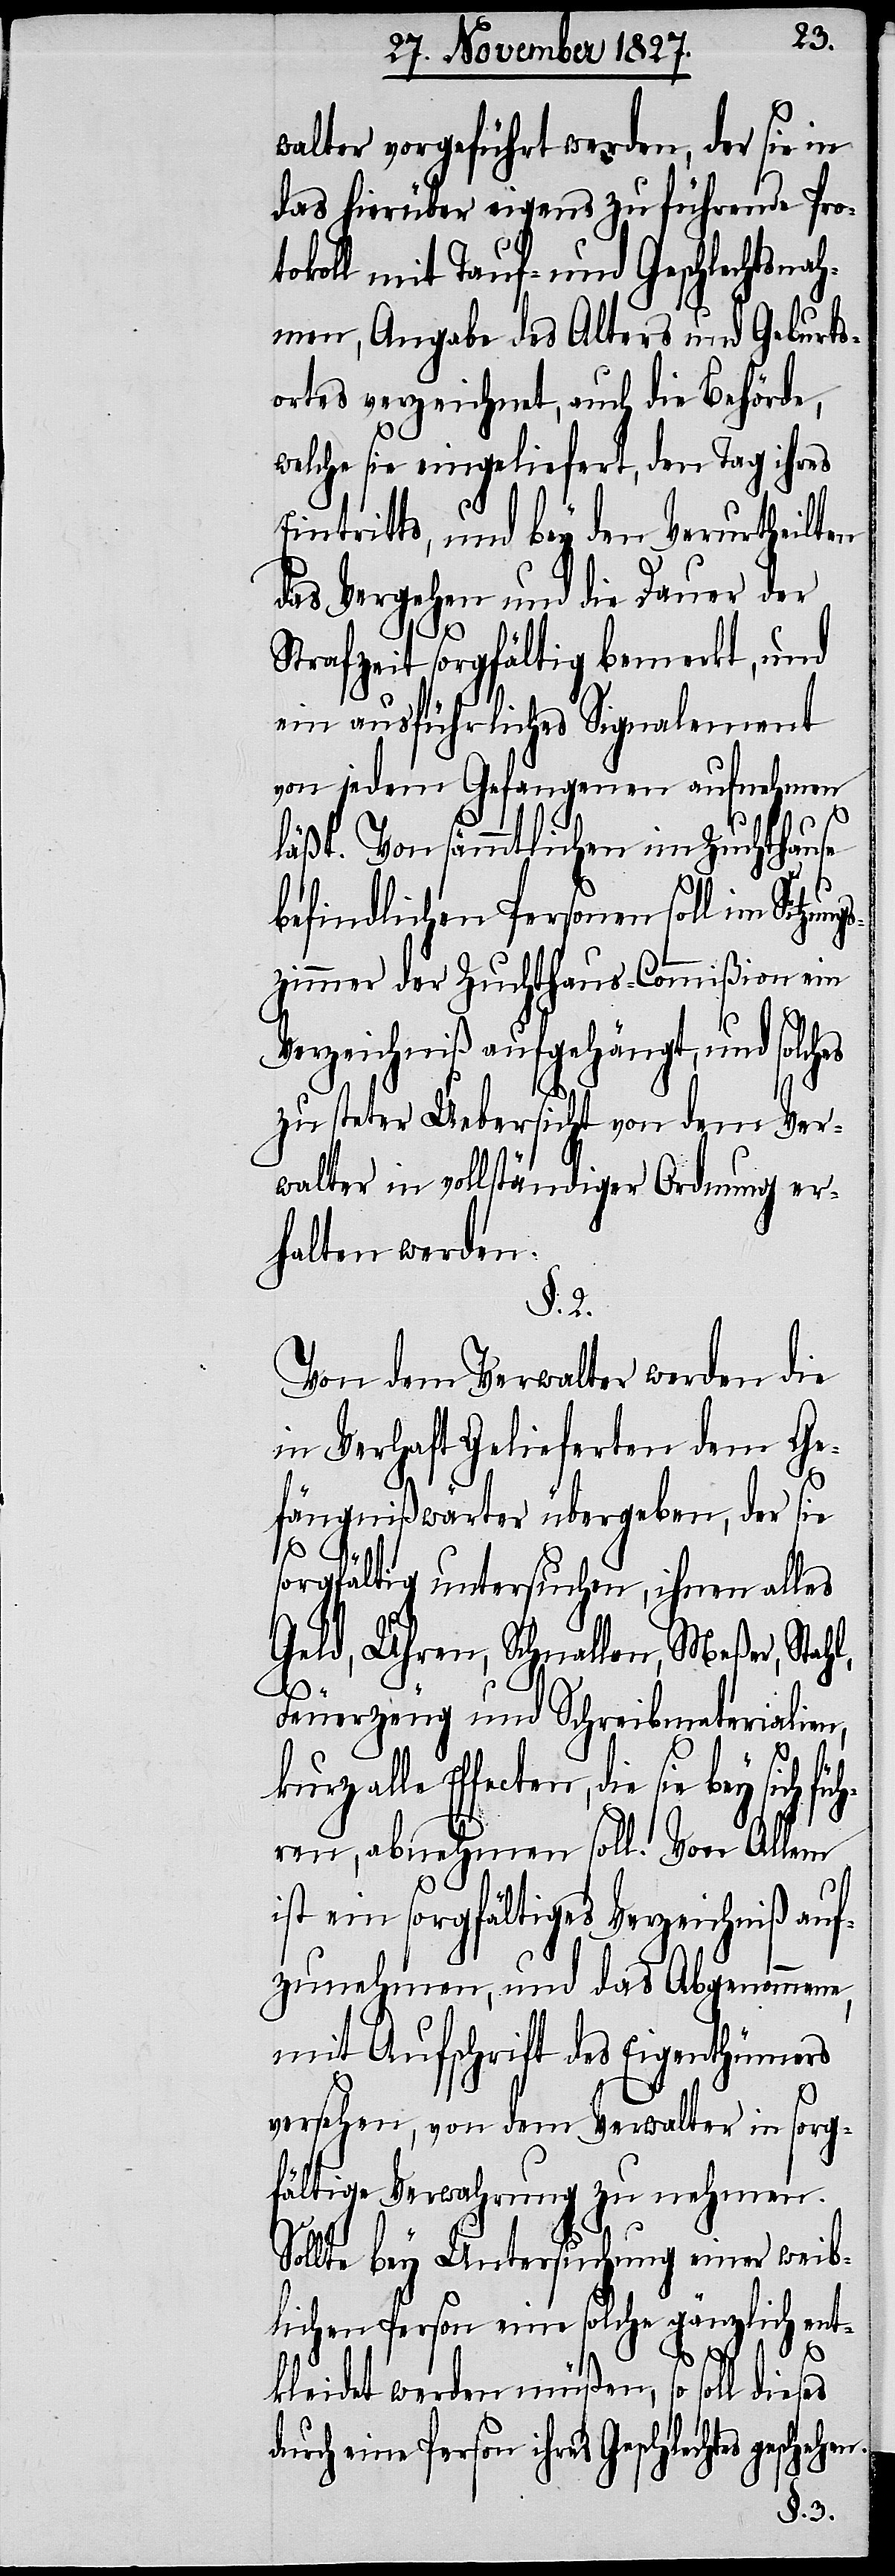
walter vorgeführt werden, der sie in
das hierüber eigens zu führende Pro¬
tokoll mit Tauf- und Geschlechtsnah¬
men, Angabe des Alters und Geburts¬
ortes verzeichnet, auch die Behörde,
welche sie eingeliefert, den Tag ihres
Eintritts, und bey den Verurtheilten
das Vergehen und die Dauer der
Strafzeit sorgfältig bemerkt, und
ein ausführliches Signalement
von jedem Gefangenen aufnehmen
läßt. Von sämmtlichen im Zuchthause
befindlichen Personen soll im Sitzun¬
gszimmer der Zuchthaus-Commißion ein
Verzeichniß aufgehängt, und sol¬
zu steter Uebersicht von dem Ver¬
walter in vollständiger Ordnung er¬
halten werden.
§. 2.
Von dem Verwalter werden die
in Verhaft Gelieferten dem Ge¬
fängnißwärter übergeben, der
ahl,
sorgfältig untersuchen, ihnen alles
Geld, Uhren, Schnallen, Meßer, St¬
Feuerzeug und Schreibmaterialien,
Effecten, die sie bey sich fü¬
hren, abnehmen soll. Vor Allem
ist ein sorgfältiges Verzeichniß auf¬
zunehmen, und das Abgenommene,
mit Aufschrift des Eigenthümers
versehen, von dem Verwalter in sorg¬
fältige Verwahrung zu nehmen.
Sollte bey Untersuchung einer weib¬
lichen Person eine solche gänzlich ent¬
kleidet werden müßen, so soll dieses
eine Person ihres Geschlechtes